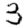
Digit: 3